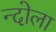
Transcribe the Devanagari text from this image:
न्दोला